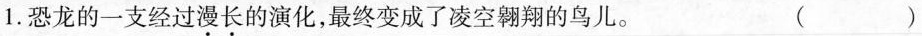
1.恐龙的一支经过漫长的演化，最终变成了凌空翱翔的鸟儿。 （）